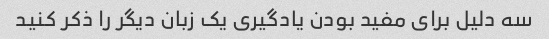
سه دلیل برای مفید بودن یادگیری یک زبان دیگر را ذکر کنید